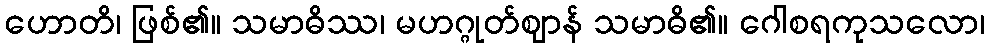
ဟောတိ၊ ဖြစ်၏။ သမာဓိဿ၊ မဟဂ္ဂုတ်ဈာန် သမာဓိ၏။ ဂေါစရကုသလော၊